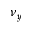
\nu _ { y }